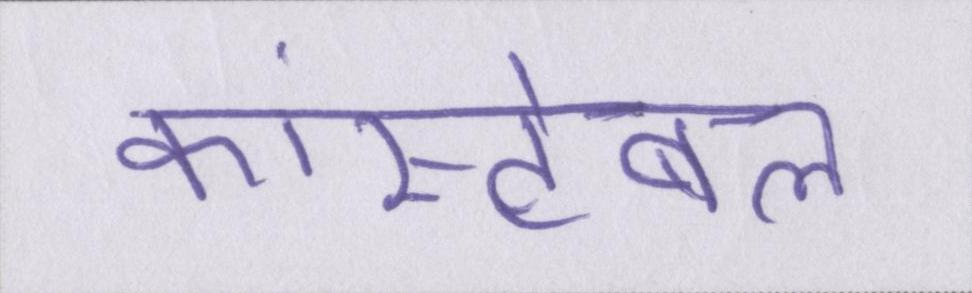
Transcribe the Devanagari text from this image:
कांस्टेबल